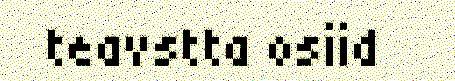
teavstta osiid